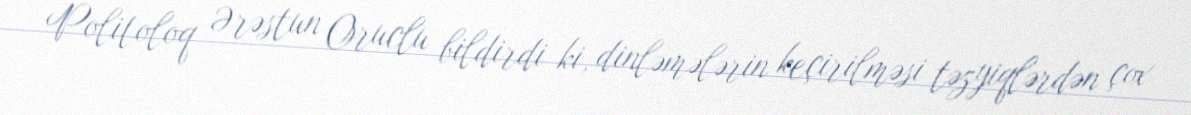
Politoloq Ərəstun Oruclu bildirdi ki, dinləmələrin keçirilməsi təzyiqlərdən çox